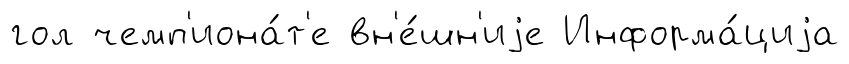
гол чемп'иона́т'е вн'е́шн'иjе Информа́циjа